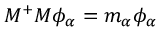
M ^ { + } M \phi _ { \alpha } = m _ { \alpha } \phi _ { \alpha }